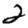
Digit: 2